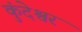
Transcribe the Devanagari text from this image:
कुंदेश्वर